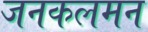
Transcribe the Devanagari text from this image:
जनकलमन